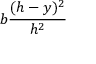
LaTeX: b { \frac { ( h - y ) ^ { 2 } } { h ^ { 2 } } }